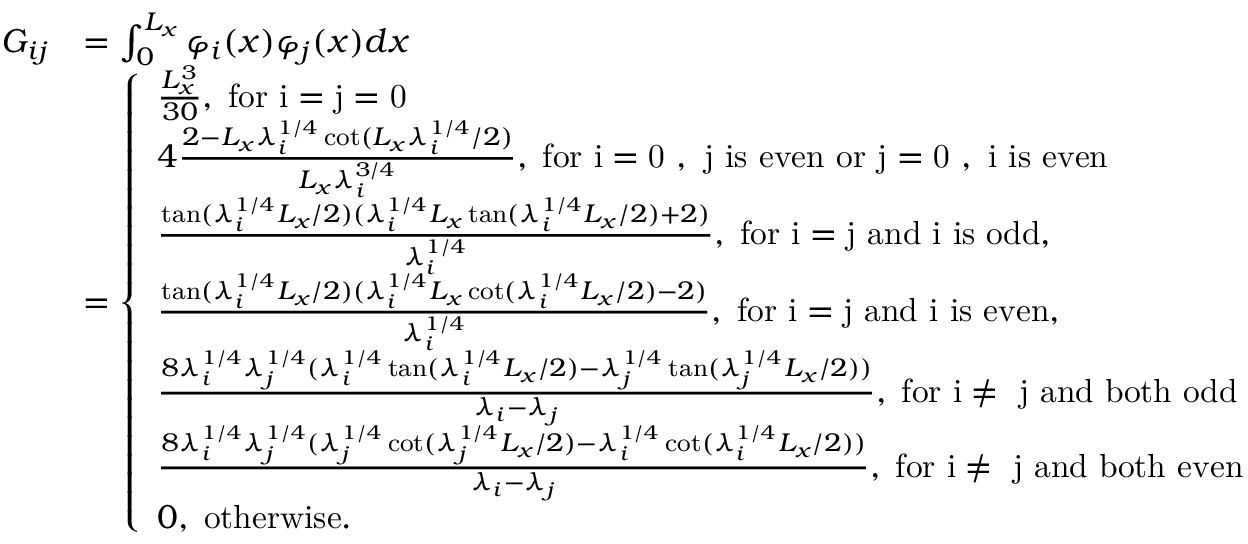
\begin{array} { r l } { G _ { i j } } & { = \int _ { 0 } ^ { L _ { x } } \varphi _ { i } ( x ) \varphi _ { j } ( x ) d x } \\ & { = \left\{ \begin{array} { l l } { \frac { L _ { x } ^ { 3 } } { 3 0 } , \; \mathrm { f o r ~ i = j = 0 ~ } } \\ { 4 \frac { 2 - L _ { x } \lambda _ { i } ^ { 1 / 4 } \cot ( L _ { x } \lambda _ { i } ^ { 1 / 4 } / 2 ) } { L _ { x } \lambda _ { i } ^ { 3 / 4 } } , \; \mathrm { f o r ~ i = 0 ~ , ~ j ~ i s ~ e v e n ~ o r ~ j = 0 ~ , ~ i ~ i s ~ e v e n } } \\ { \frac { \tan ( \lambda _ { i } ^ { 1 / 4 } L _ { x } / 2 ) ( \lambda _ { i } ^ { 1 / 4 } L _ { x } \tan ( \lambda _ { i } ^ { 1 / 4 } L _ { x } / 2 ) + 2 ) } { \lambda _ { i } ^ { 1 / 4 } } , \; \mathrm { f o r ~ i = j ~ a n d ~ i ~ i s ~ o d d } , } \\ { \frac { \tan ( \lambda _ { i } ^ { 1 / 4 } L _ { x } / 2 ) ( \lambda _ { i } ^ { 1 / 4 } L _ { x } \cot ( \lambda _ { i } ^ { 1 / 4 } L _ { x } / 2 ) - 2 ) } { \lambda _ { i } ^ { 1 / 4 } } , \; \mathrm { f o r ~ i = j ~ a n d ~ i ~ i s ~ e v e n } , } \\ { \frac { 8 \lambda _ { i } ^ { 1 / 4 } \lambda _ { j } ^ { 1 / 4 } ( \lambda _ { i } ^ { 1 / 4 } \tan ( \lambda _ { i } ^ { 1 / 4 } L _ { x } / 2 ) - \lambda _ { j } ^ { 1 / 4 } \tan ( \lambda _ { j } ^ { 1 / 4 } L _ { x } / 2 ) ) } { \lambda _ { i } - \lambda _ { j } } , \; \mathrm { f o r ~ i \neq ~ j ~ a n d ~ b o t h ~ o d d } } \\ { \frac { 8 \lambda _ { i } ^ { 1 / 4 } \lambda _ { j } ^ { 1 / 4 } ( \lambda _ { j } ^ { 1 / 4 } \cot ( \lambda _ { j } ^ { 1 / 4 } L _ { x } / 2 ) - \lambda _ { i } ^ { 1 / 4 } \cot ( \lambda _ { i } ^ { 1 / 4 } L _ { x } / 2 ) ) } { \lambda _ { i } - \lambda _ { j } } , \; \mathrm { f o r ~ i \neq ~ j ~ a n d ~ b o t h ~ e v e n } } \\ { 0 , \; \mathrm { o t h e r w i s e } . } \end{array} \right. } \end{array}